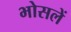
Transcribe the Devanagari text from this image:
भोसलें